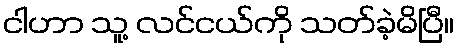
ငါဟာ သူ့ လင်ငယ်ကို သတ်ခဲ့မိပြီ။